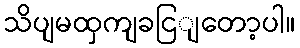
သိပျမထှကျခငြျတော့ပါ။